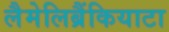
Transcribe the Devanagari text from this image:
लैमेलिब्रैंकियाटा